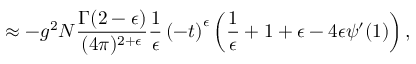
\approx - g ^ { 2 } N \frac { \Gamma ( 2 - \epsilon ) } { ( 4 \pi ) ^ { 2 + \epsilon } } \frac { 1 } { \epsilon } \left( - t \right) ^ { \epsilon } \left( \frac { 1 } { \epsilon } + 1 + \epsilon - 4 \epsilon \psi ^ { \prime } ( 1 ) \right) ,